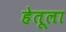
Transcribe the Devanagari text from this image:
हेतूला